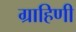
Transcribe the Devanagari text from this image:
ग्राहिणी